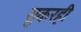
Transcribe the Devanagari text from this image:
सुकरही